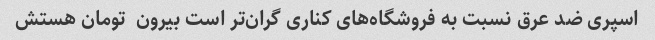
اسپری ضد عرق نسبت به فروشگاه‌های کناری گران‌تر است بیرون  تومان هستش